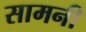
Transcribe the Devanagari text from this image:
सामनी